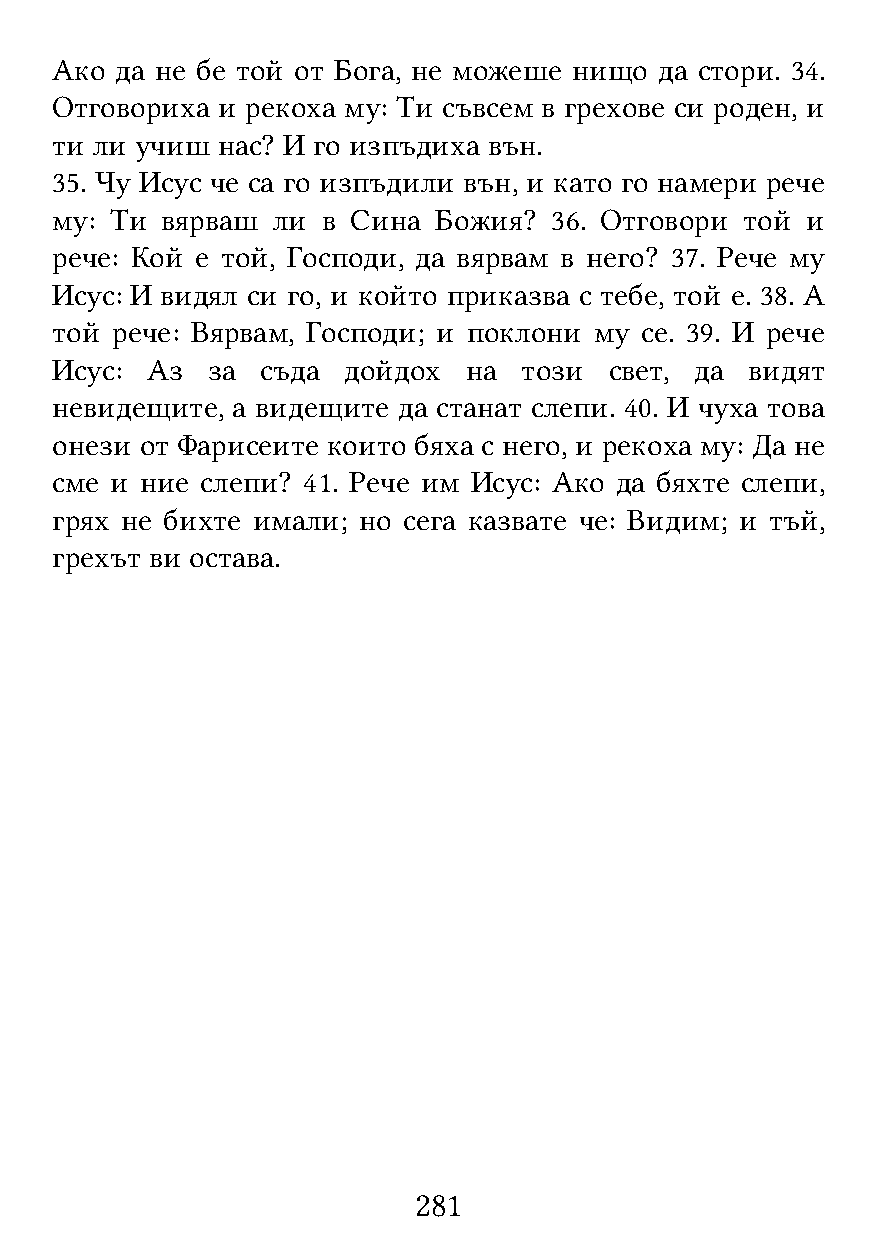
Ако  да не бе той от Бога, не можеше нищо да стори. 34.
 Отговориха и рекоха му: Ти съвсем в грехове си роден, и
 ти ли учиш нас? И го изпъдиха вън.
 35. Чу Исус че са го изпъдили вън, и като го намери рече
 му: Ти  вярваш ли в Сина  Божия?  36. Отговори той и
 рече: Кой е той, Господи, да вярвам в него? 37. Рече му
 Исус: И видял си го, и който приказва с тебе, той е. 38. А
 той рече: Вярвам, Господи; и поклони му се. 39. И рече
 Исус:  Аз  за съда  дойдох  на  този свет, да  видят
 невидещите, а видещите да станат слепи. 40. И чуха това
 онези от Фарисеите които бяха с него, и рекоха му: Да не
 сме и ние слепи? 41. Рече им Исус: Ако да бяхте слепи,
 грях не бихте имали; но сега казвате че: Видим; и тъй,
 грехът ви остава.
 281